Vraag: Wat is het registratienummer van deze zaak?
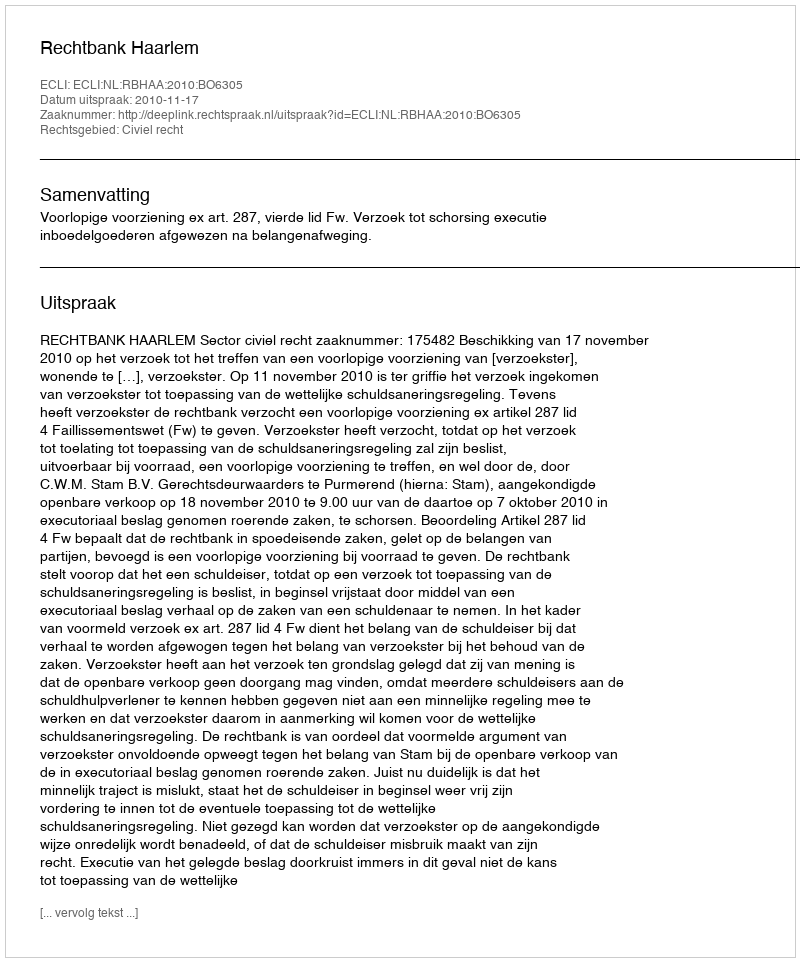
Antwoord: http://deeplink.rechtspraak.nl/uitspraak?id=ECLI:NL:RBHAA:2010:BO6305